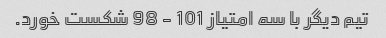
تیم دیگر با سه امتیاز 101 - 98 شکست خورد.